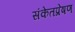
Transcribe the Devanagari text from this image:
संकेतप्रेषण